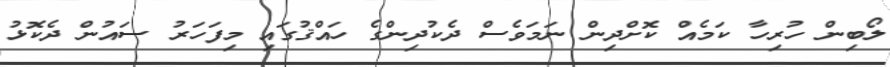
ލޯބިން ހުރިހާ ކަމެއް ކޮށްދިން ނަމަވެސް ދެކުދިންގެ ހައްޤުގައި މިފަހަރު ސައުން ދެކޮޅު